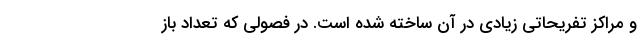
و مراکز تفریحاتی زیادی در آن ساخته شده است. در فصولی که تعداد باز